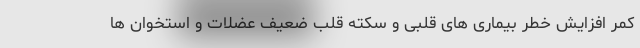
کمر افزایش خطر بیماری های قلبی و سکته قلب ضعیف عضلات و استخوان ها